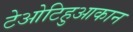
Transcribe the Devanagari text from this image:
टेओटिहुआकान